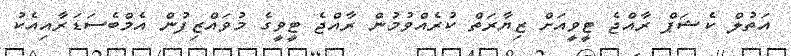
އަތުލް ކެޝަޕް ރާއްޖެ ޓީވީއަށް ޒިޔާރަތް ކުރެއްވުމުން ރާއްޖެ ޓީވީގެ މުވައްޒިފުން އެމްބެސަޑަރާއިއެކު